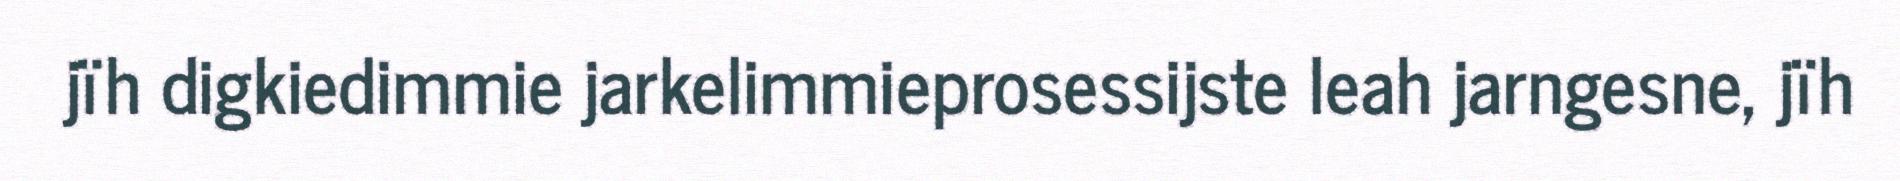
jïh digkiedimmie jarkelimmieprosessijste leah jarngesne, jïh